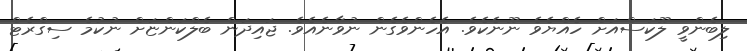
ލިބެންވީ ލޫކަސްއަށް ހެއްޔެވެ ނޫނެކެވެ. އެހެންވެގެން ނުވާނެއެވެ. ޖައިދަން ބެލްކަންޏަށް ނުކުމެ ސިގްރެޓް